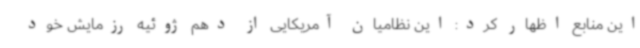
این منابع اظهار کرد: این نظامیان آمریکایی از دهم ژوئیه رزمایش خود